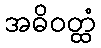
အဓိဝတ္ထံ